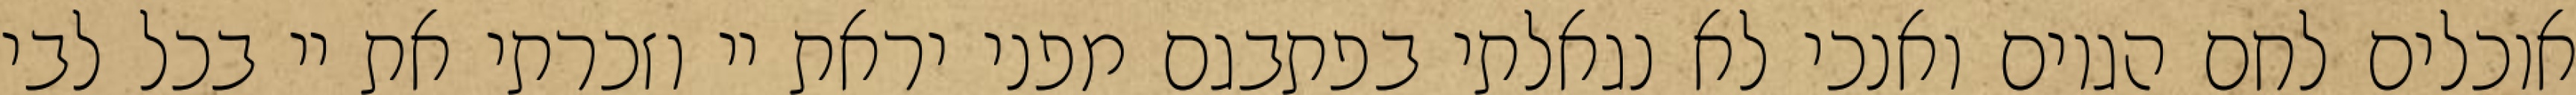
אוכלים לחם הגוים ואנכי לא נגאלתי בפתבגם מפני יראת יי וזכרתי את יי בכל לבי